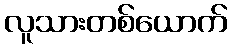
လူသားတစ်ယောက်